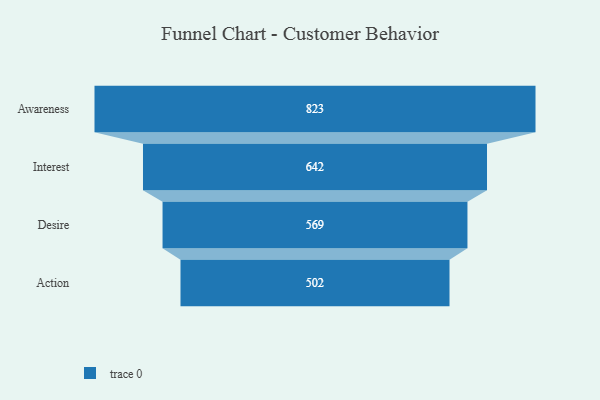
{"axis": {"x": "Stage", "y": "Value"}, "legend": [""], "data": [{"x": "Awareness", "y": 823.0, "type": ""}, {"x": "Interest", "y": 642.0, "type": ""}, {"x": "Desire", "y": 569.0, "type": ""}, {"x": "Action", "y": 502.0, "type": ""}]}